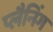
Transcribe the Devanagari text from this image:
प्‍लैनिंग